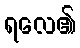
ရလေ၏